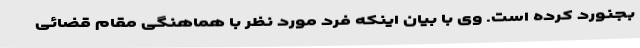
بجنورد کرده است. وی با بیان اینکه فرد مورد نظر با هماهنگی مقام قضائی